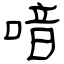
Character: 喑